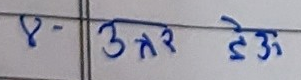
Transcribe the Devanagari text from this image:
४- उत्तर देऊ